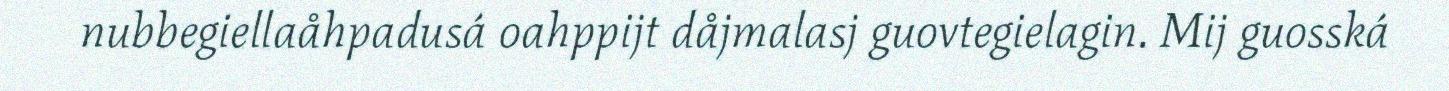
nubbegiellaåhpadusá oahppijt dåjmalasj guovtegielagin. Mij guosská